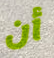
أن